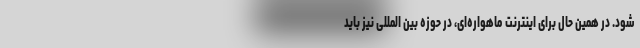
شود. در همین حال برای اینترنت ماهواره‌ای، در حوزه بین المللی نیز باید